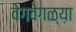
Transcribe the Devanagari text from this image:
वेगवेगळ्य़ा